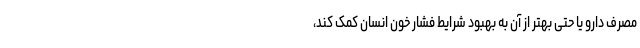
مصرف دارو یا حتی بهتر از آن به بهبود شرایط فشار خون انسان کمک کند،